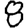
Digit: 8